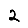
Digit: 2